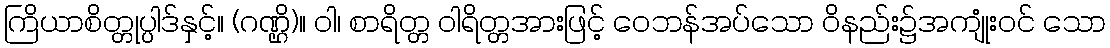
ကြိယာစိတ္တုပ္ပါဒ်နှင့်။ (ဂဏ္ဌိ)။ ဝါ၊ စာရိတ္တ ဝါရိတ္တအားဖြင့် ဝေဘန်အပ်သော ဝိနည်း၌အကျုံးဝင် သော